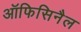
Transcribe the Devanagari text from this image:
ऑफिसिनैल